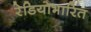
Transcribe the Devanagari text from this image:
रेडियोभारित